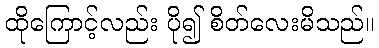
ထိုကြောင့်လည်း ပို၍ စိတ်လေးမိသည်။